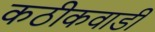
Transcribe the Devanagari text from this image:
कठीकवाडी